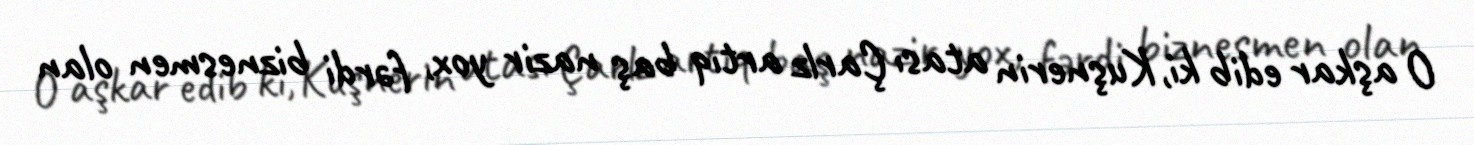
O aşkar edib ki, Kuşnerin atası Çarlz artıq baş nazir yox, fərdi biznesmen olan